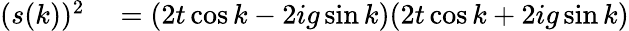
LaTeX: \begin{array}{rl}{(s(k))^{2}}&{{}=(2t\cos k-2ig\sin k)(2t\cos k+2ig\sin k)}\end{array}